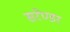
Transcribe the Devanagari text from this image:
सरेण्डर